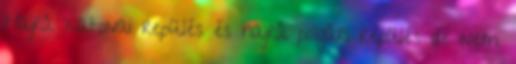
Hajrá katonai repülés és hajrá polgári repülés de nem